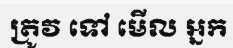
ត្រូវ ទៅ មើល អ្នក